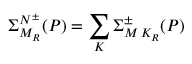
\Sigma _ { M _ { R } } ^ { N ^ { \pm } } ( P ) = \sum _ { K } \Sigma _ { M \, K _ { R } } ^ { \pm } ( P )